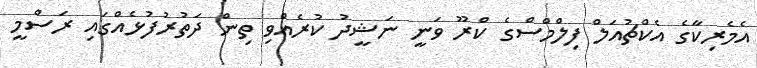
އެމެރިކާގެ އެކްޗުއަލް ފިލްމްސްގެ ކްރޫ ވަނީ ނަޝީދު ކުރެއްވި ތިން ދަތުރުފުޅެއްގައި ރަސްމީ